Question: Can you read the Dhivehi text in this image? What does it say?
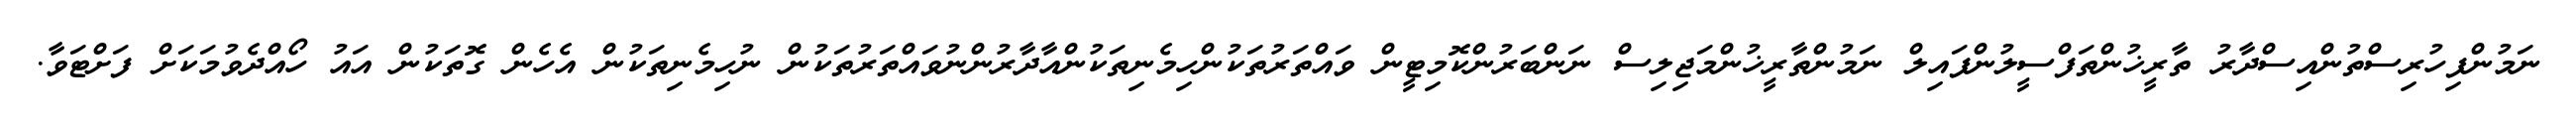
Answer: ނަމުންފިހުރިސްތުންއިސްދާރު ތާރީޚުންތަފްސީލުންފައިލް ނަމުންތާރީޚުންމަޖިލިސް ނަންބަރުންކޮމިޓީން ވައްތަރުތަކުންހިމެނިތަކުންއާދާރުންނުވައްތަރުތަކުން ނުހިމެނިތަކުން އެހެން ގޮތަކުން އައު ހޯއްދެވުމަކަށް ފަށްޓަވާ.